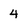
Character: 4